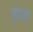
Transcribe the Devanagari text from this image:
हुपारी